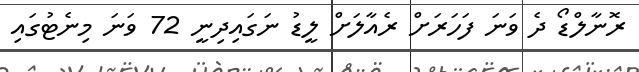
ރޮނާލްޑޯ ދެ ވަނަ ފަހަރަށް ރެއާލަށް ލީޑު ނަގައިދިނީ 72 ވަނަ މިނެޓުގައި